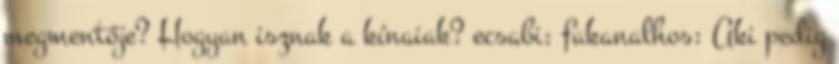
megmentője? Hogyan isznak a kínaiak? ecsabi: fakanalhos: Aki pedig